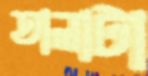
তালাটা